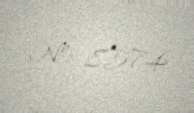
№: 8574